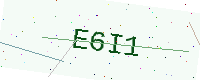
Text: E6I1